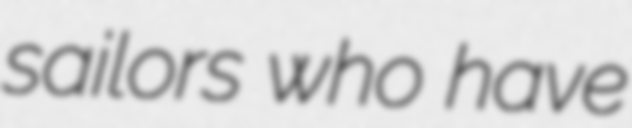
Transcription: sailors who have